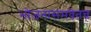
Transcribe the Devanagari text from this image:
भोजनासमवेतच